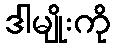
ဒါမျိုးကို